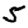
Digit: 5